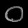
Digit: ၀